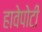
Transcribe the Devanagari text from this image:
हावेपोटी